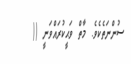
ސުންނަތެކެވެ. މާތް ވަޙީކުރައްވަނީ ((